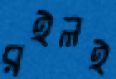
রইলই